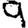
Digit: 9